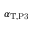
\alpha _ { \mathrm { T } , \mathrm { P 3 } }